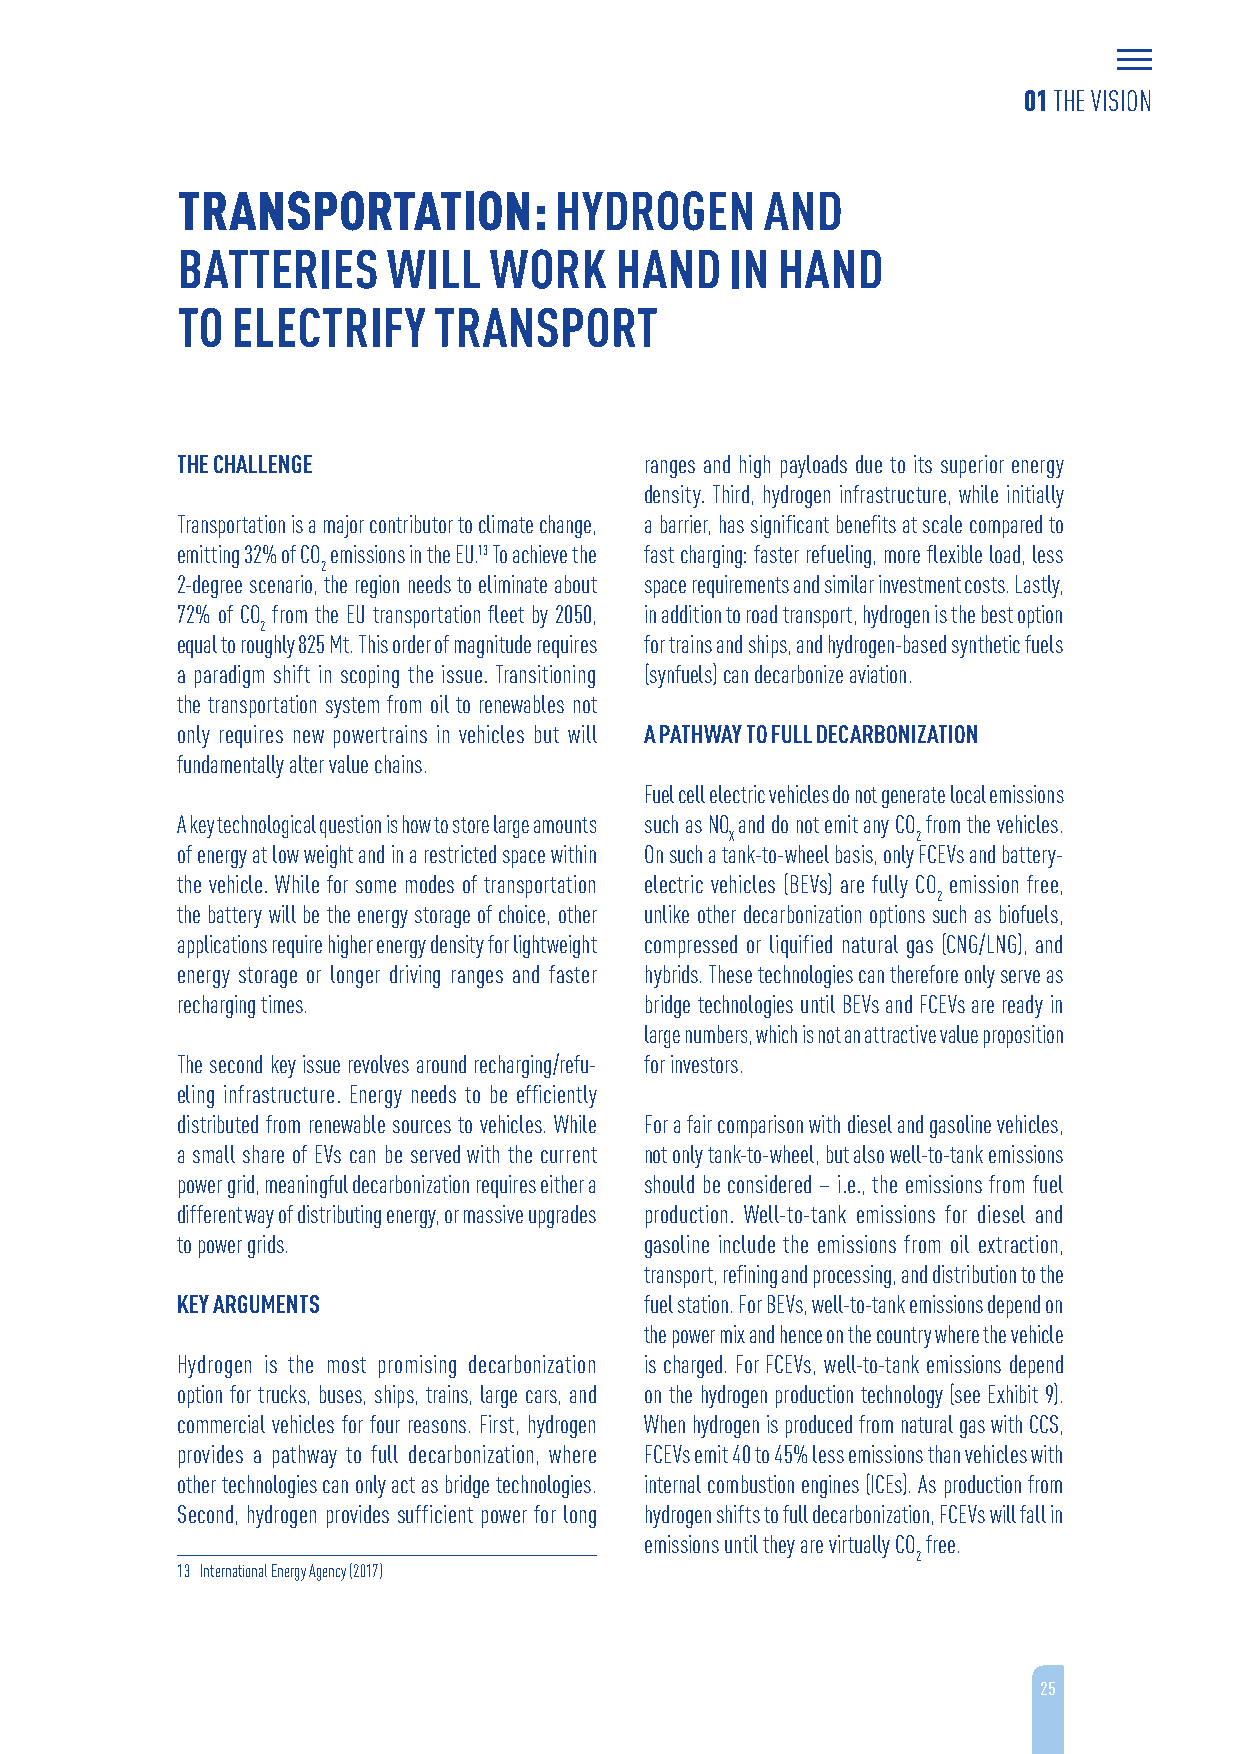
01 THE VISION
 TRANSPORTATION:          HYDROGEN      AND
 BATTERIES     WILL  WORK     HAND   IN HAND
 TO ELECTRIFY     TRANSPORT
 THE CHALLENGE                  ranges and high payloads due to its superior energy
 density. Third, hydrogen infrastructure, while initially
 Transportation is a major contributor to climate change, a barrier, has significant benefits at scale compared to
 emitting 32% of CO emissions in the EU.13 To achieve the fast charging: faster refueling, more flexible load, less
 2
 2-degree scenario, the region needs to eliminate about space requirements and similar investment costs. Lastly,
 72% of CO from the EU transportation fleet by 2050, in addition to road transport, hydrogen is the best option
 2
 equal to roughly 825 Mt. This order of magnitude requires for trains and ships, and hydrogen-based synthetic fuels
 a paradigm shift in scoping the issue. Transitioning (synfuels) can decarbonize aviation.
 the transportation system from oil to renewables not
 only requires new powertrains in vehicles but will A PATHWAY TO FULL DECARBONIZATION
 fundamentally alter value chains.
 Fuel cell electric vehicles do not generate local emissions
 A key technological question is how to store large amounts such as NO and do not emit any CO from the vehicles.
 X            2
 of energy at low weight and in a restricted space within On such a tank-to-wheel basis, only FCEVs and battery-
 the vehicle. While for some modes of transportation electric vehicles (BEVs) are fully CO emission free,
 2
 the battery will be the energy storage of choice, other unlike other decarbonization options such as biofuels,
 applications require higher energy density for lightweight compressed or liquified natural gas (CNG/LNG), and
 energy storage or longer driving ranges and faster hybrids. These technologies can therefore only serve as
 recharging times.              bridge technologies until BEVs and FCEVs are ready in
 large numbers, which is not an attractive value proposition
 The second key issue revolves around recharging/refu- for investors.
 eling infrastructure. Energy needs to be efficiently
 distributed from renewable sources to vehicles. While For a fair comparison with diesel and gasoline vehicles,
 a small share of EVs can be served with the current not only tank-to-wheel, but also well-to-tank emissions
 power grid, meaningful decarbonization requires either a should be considered – i.e., the emissions from fuel
 different way of distributing energy, or massive upgrades production. Well-to-tank emissions for diesel and
 to power grids.                gasoline include the emissions from oil extraction,
 transport, refining and processing, and distribution to the
 KEY ARGUMENTS                  fuel station. For BEVs, well-to-tank emissions depend on
 the power mix and hence on the country where the vehicle
 Hydrogen is the most promising decarbonization is charged. For FCEVs, well-to-tank emissions depend
 option for trucks, buses, ships, trains, large cars, and on the hydrogen production technology (see Exhibit 9).
 commercial vehicles for four reasons. First, hydrogen When hydrogen is produced from natural gas with CCS,
 provides a pathway to full decarbonization, where FCEVs emit 40 to 45% less emissions than vehicles with
 other technologies can only act as bridge technologies. internal combustion engines (ICEs). As production from
 Second, hydrogen provides sufficient power for long hydrogen shifts to full decarbonization, FCEVs will fall in
 emissions until they are virtually CO free.
 2
 13 International Energy Agency (2017)
 25